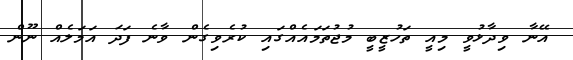
އޭނާ ވިދާޅުވީ މިއީ ތަހުޒީބީ މުޖުތަމައެއްގައި ކުރެވިގެން ވާނެ ފަދަ އަމަލެއް ނޫން